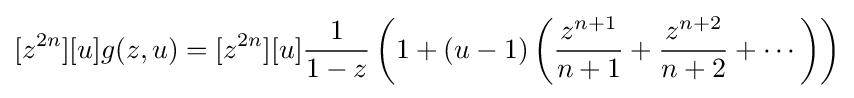
[z^{2n}][u]g(z,u)=[z^{2n}][u]{\frac {1}{1-z}}\left(1+(u-1)\left({\frac {z^{n+1}}{n+1}}+{\frac {z^{n+2}}{n+2}}+\cdots \right)\right)